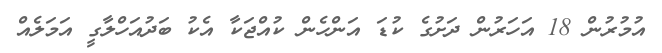
އުމުރުން 18 އަހަރުން ދަށުގެ ކުޑަ އަންހެން ކުއްޖަކާ އެކު ބަދުއަހްލާގީ އަމަލެއް